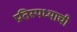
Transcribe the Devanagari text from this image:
प्रतिस्पध्याची